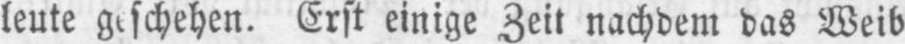
Erst einige Zeit nachdem das Weib